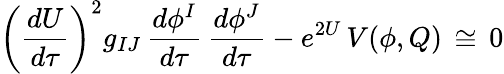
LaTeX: \left(\frac{dU}{d\tau}\right)^{2}g_{IJ}\, \frac{d\phi^{I}}{d\tau}\, \frac{d\phi^{J}}{d\tau}-e^{2U}\, V(\phi,Q)\, \cong\, 0